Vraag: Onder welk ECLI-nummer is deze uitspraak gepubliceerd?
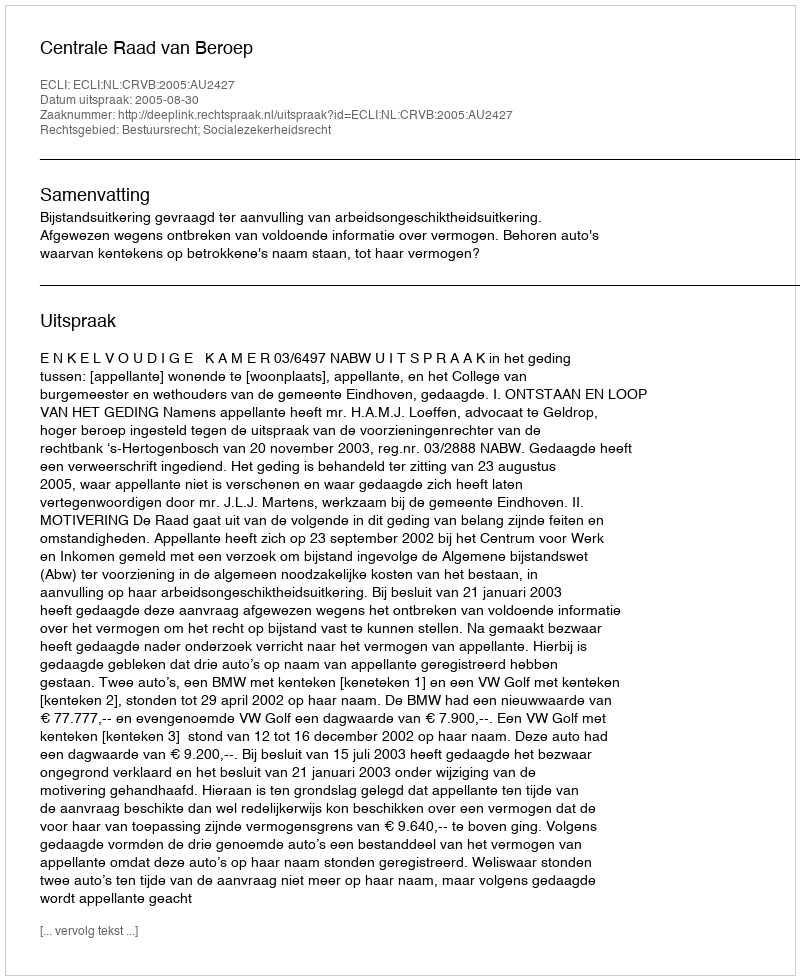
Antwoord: ECLI:NL:CRVB:2005:AU2427